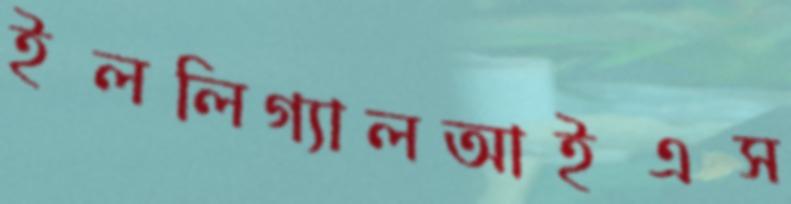
ইললিগ্যালআইএস